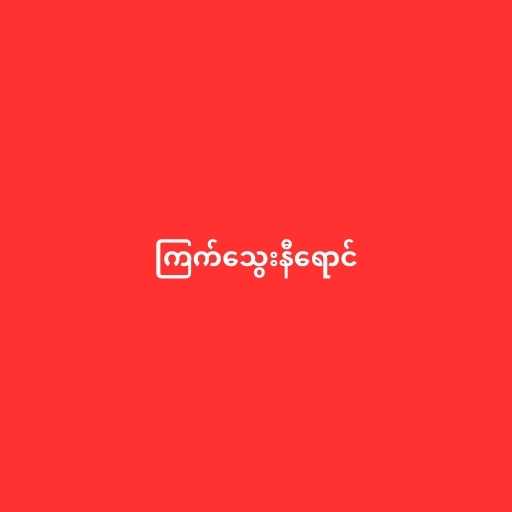
ကြက်သွေးနီရောင်